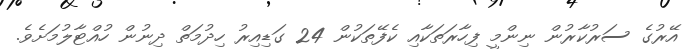
އޭރުގެ ސަރުކާރުން ނިންމީ ފިހާރަތަކާއި ކެފޭތަކުން 24 ގަޑިއިރު ހިދުމަތް ދިނުން ހުއްޓާލުމަށެވެ.